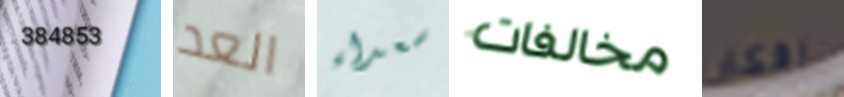
384853 العد سعداء مخالفات افكار